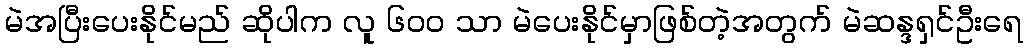
မဲအပြီးပေးနိုင်မည် ဆိုပါက လူ ၆၀၀ သာ မဲပေးနိုင်မှာဖြစ်တဲ့အတွက် မဲဆန္ဒရှင်ဦးရေ